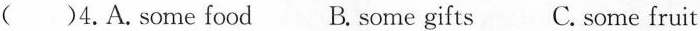
( )4.A.some food B.some gifts C. some fruit